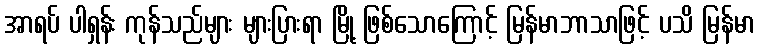
အာရပ် ပါရှန်း ကုန်သည်များ များပြားရာ မြို့ ဖြစ်သောကြောင့် မြန်မာဘာသာဖြင့် ပသိ မြန်မာ